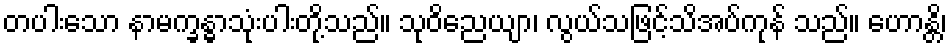
တပါးသော နာမက္ခန္ဓာသုံးပါးတို့သည်။ သုဝိညေယျာ၊ လွယ်သဖြင့်သိအပ်ကုန် သည်။ ဟောန္တိ၊